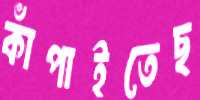
কাঁপাইতেছ